Lunatic asylums in Bengal annual reports 1888-1898 - 1888-1898
Year: 1888
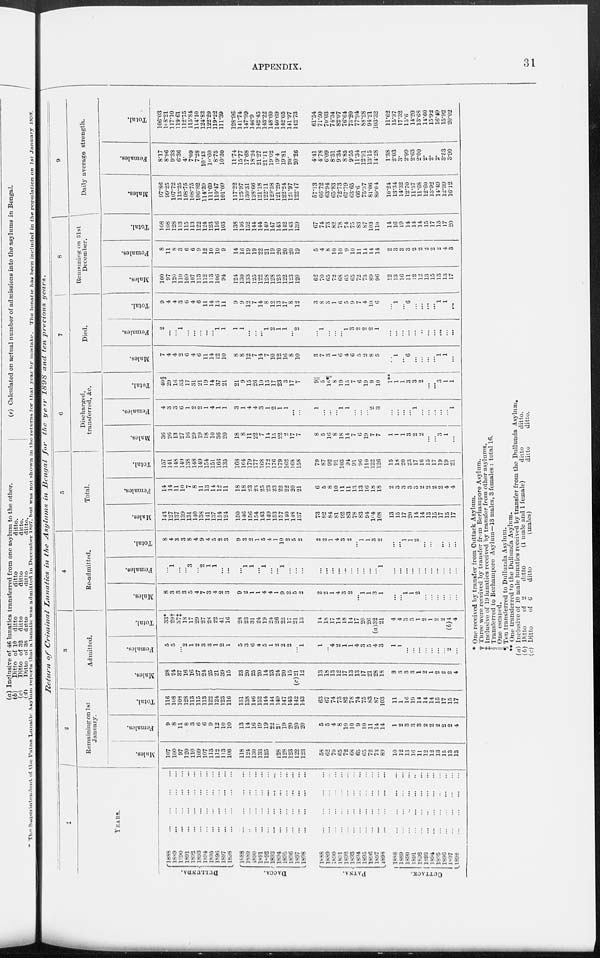
APPENDIX.
31
Return
of Criminal
Lunatics
in the Asylums
in Bengal
for
the year 1898 and ten previous
years.
1
YEARS.
DULLUNDA.
DACCA.
PATNA.
CUTTACK.
1888
...
...
...
...
1889 ... ... ... ...
1890
...
...
...
...
1891
...
...
...
...
1892
...
...
...
...
1893 ... ... ... ...
1894
...
...
...
...
1895 ... ... ... ...
1896 ... ... ... ...
1897
...
...
...
...
1898
...
...
...
...
1888 ... ... ... ...
1889 ... ... ... ...
1890 ... ... ... ...
1891 ... ... ... ...
1892 ... ... ... ...
1893
...
...
...
...
1894
...
...
...
...
1895 ... ... ... ...
1896
...
...
...
...
1897
...
...
...
...
1898
...
...
...
...
1888
...
...
...
...
1889
...
...
...
...
1890 ... ... ... ...
1891
...
...
...
...
1892
...
...
...
...
1893
...
...
...
...
1894
...
...
...
...
1895
...
...
...
...
1896
...
...
...
...
1897
...
...
...
...
1898
...
...
...
...
1888
...
...
...
...
1889 ... ... ... ...
1890
...
...
...
...
1891
...
...
...
...
1892
...
...
...
...
1893
...
...
...
...
1894
...
...
...
...
1895
...
...
...
...
1896
...
...
...
...
1897
...
...
...
...
1898
...
...
...
...
2
Remaining on 1st
January.
Males.
107
100
97
120
110
109
107
113
112
113
106
118
124
130
133
125
128
128
123
122
123
58
62
70
65
72
68
65
65
72
73
89
10
12
13
16
11
12
12
13
15
13
13
Females.
9
8
11
8
3
6
6
9
12
10
10
13
14
16
19
19
22
21
19
20
20
20
5
5
4
8
10
10
9
10
11
14
14
1
2
3
3
3
2
2
2
2
2
4
Total.
116
108
108
128
113
115
113
122
124
123
116
131
138
146
152
144
144
149
147
143
142
143
63
67
74
73
82
78
74
75
83
87
103
11
1
16
19
14
14
14
15
17
15
17
3
Admitted.
Males.
28
24
37
16
16
27
24
25
21
39
15
23
20
25
20
14
23
24
20
15
(c)21
12
13
18
13
12
17
13
13
17
21
28
18
3
3
3
3
1
2
1
2
2
2
4
Females.
5
5
...
2
1
2
3
3
1
2
1
5
3
6
4
5
1
2
2
2
...
l
1
...
4
2
1
1
4
3
5
4
3
1
1
...
...
...
...
...
...
...
2
...
Total.
33*
29†
37‡ 18
17
29
27
28
22
41
16
28
23
31
24
19
24
26
22
17
21
13
14
18
17
14
18
14
17
20
26
(a)32
21
4
4
3 3
1
2
1
2
2
(b)4
4
4
Re-admitted.
Males.
8
3
3
3
5
4
7
3
4
2
3
9
2
1
1
4
4
1
9
2
5
2
2
2
1
4
3
2
...
1
1
3
1
...
...
1
1
2
...
...
...
...
...
...
Females.
...
1
...
...
3
...
2
1
1
...
...
...
l
1
...
1
...
...
1
...
...
...
...
...
...
...
...
...
...
...
...
...
1
...
...
...
...
...
...
...
...
...
...
...
Total.
8
4
3
3
8
4
9
4
5
2
3
9
3
2
1
5
4
1
10
2
5
2
2
2
1
4
3 2
...
1
1
3
2
...
...
1
1
2
...
...
...
...
...
...
5
Total.
Males.
143
127
137
139
131
140
138
141
137
154
124
150
146
156
154
143
149
153
157
140
148
137
73
82
84
81
92
83
78
83
94
l04
108
13
15
17
20
14
14
13
15
17
15
17
Females.
14
14
11
10
7
8
11
13
14
12
11
18
18
23
23
25
23
23
22
22
20
21
6
5
8
10
11
11
13
13
16
18
18
2
3
3
3
3
2
2
2
2
4
4
Total.
157
141
148
149
138
148
149
154
151
166
135
167
164
179
177
168
172
176
179
162
168
158
79
87
92
91
103
94
91
96
110
122
126
15
18
20
23
17
16
15
17
19
19
21
6
Discharged,
transferred, &c.
Males.
36
26
13
27
16
29
19
18
10
36
20
18
8
11
22
7
11
15
22
2
17
7
8
5
16
8
18
14
7
6
19
7
7
1
1
1
3
2
2
...
...
3
1
...
Females.
4
3
3
6
1
2
2
1
4
1
1
3
1
4
4
3
1
2
1
1
...
...
1
...
...
...
l
1
...
...
...
2
3
...
...
...
...
1
...
...
...
...
...
1
Total.
40§
29
16
33
17
31
21
19
14
37
21
21
9
15
26
10
15
17
23
3
17
7
9||
5
16¶
8
19
15
7
6
19
9
10
1**
1
1
3
3
2
...
...
3
1
1
7
Died.
Males.
7
4
4
2
6
4
6
11
14
12
10
8
8
12
7
14
7
10
12
16
8
10
3
7
3
1
6
4
6
5
2
8
5
...
1
...
6
...
...
...
...
l
1
...
Females.
2
...
...
1
...
...
...
...
...
l
1
1
1
...
...
...
1
2
1
1
...
2
...
l
...
...
...
1
3
2
2
2
1
...
...
...
...
...
...
...
...
...
...
...
Total.
9
4
4
3
6
4
6
11
14
13
11
9
9
12
7
14
8
12
13
17
8
12
3
8
3
1
6
5
9
7
4
10
6
...
1
..
6
...
...
...
...
1
1
...
8
Remaining on 31st
December.
Males.
100
97
120
110
109
107
113
112
113
106
94
124
130
133
125
122
128
128
123
122
123
120
62
70
65
72
68
65
65
72
73
89
96
12
13
16
11
12
12
13
15
13
13
17
Females.
8
11
8
3
6
6
9
12
10
10
9
14
10
19
19
22
21
19
20
20
20
19
5
4
8
10
10
9
10
11
14
14
14
2
3
3
3
2
2
2
2
2
4
3
Total.
168
108
128
113
115
113
122
124
123
116
103
138
146
152
144
144
149
147
143
142
143
139
67
74
73
82
78
74
75
83
87
103
110
14
16
19
14
14
14
15
17
15
17
20
9
Daily average strength.
Males.
97.86
99.25
107.72
113.25
108.75
108.75
106.82
114.39
111.69
110.47
101.09
117.22
125.97
130.31
128.66
121.18
122.11
129.58
121.29
122.24
121.97
122.47
57.13
66.72
63.94
65.83
72.73
67.79
63.65
66.6
75.37
81.06
89.04
10.24
13.34
14.32
12.70
11.57
11.68
12.60
13.92
14.49
12.39
16.12
Females.
8.17
8.96
9.38
6.36
4.
7.09
7.28
10.43
10.60
8.75
10.30
11.74
15.77
17.68
18.24
21.27
21.11
19.02
19.4
19.81
20.
20.26
4.41
4.78
6.09
8.51
9.34
8.85
9.55
11.34
12.91
13.15
14.28
1.38
2.03
3.
2.99
2.63
2.00
2.
2.
2.
3.53
3.90
Total.
106.03
108.21
117.10
119.61
112.75
115.84
114.10
124.82
122.29
119.22
111.39
128.96
141.74
147.99
146.9
142.45
143.22
148.60
140.69
142.05
141.97
142.73
61.54
71.50
70.03
74.34
82.07
76.64
73.20
77.94
88.28
94.21
103.32
11.62
15.37
17.32
15.6
14.20
13.68
14.60
15.92
16.49
15.92
20.02
* One received by transfer from Cuttack Asylum.
† Three were received by transfer from Berhampore Asylum.
‡ Inclusive of 19 lunatics received by transfer from other asylums.
§ Transferred to Berhampore Asylum—13 males, 3 females : total 16.
|| One escaped.
¶ Ten transferred to Dullunda Asylum.
** One transferred to the Dullunda Asylum.
(a) Inclusive of 10 male lunatics received by transfer from the Dullunda Asylum.
(b) Ditto
of 2
ditto
(1 male and 1 female)
ditto
ditto.
(c) Ditto
of 6
ditto
(males)
ditto
ditto.